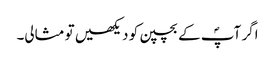
اگر آپؐ کے بچپن کو دیکھیں تو مثالی۔